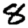
Digit: 8